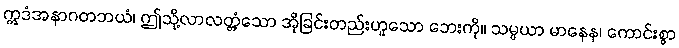
ဣဒံအနာဂတဘယံ၊ ဤသို့လာလတ္တံ့သော အိုခြင်းတည်းဟူသော ဘေးကို။ သမ္ပယာ မာနေန၊ ကောင်းစွာ